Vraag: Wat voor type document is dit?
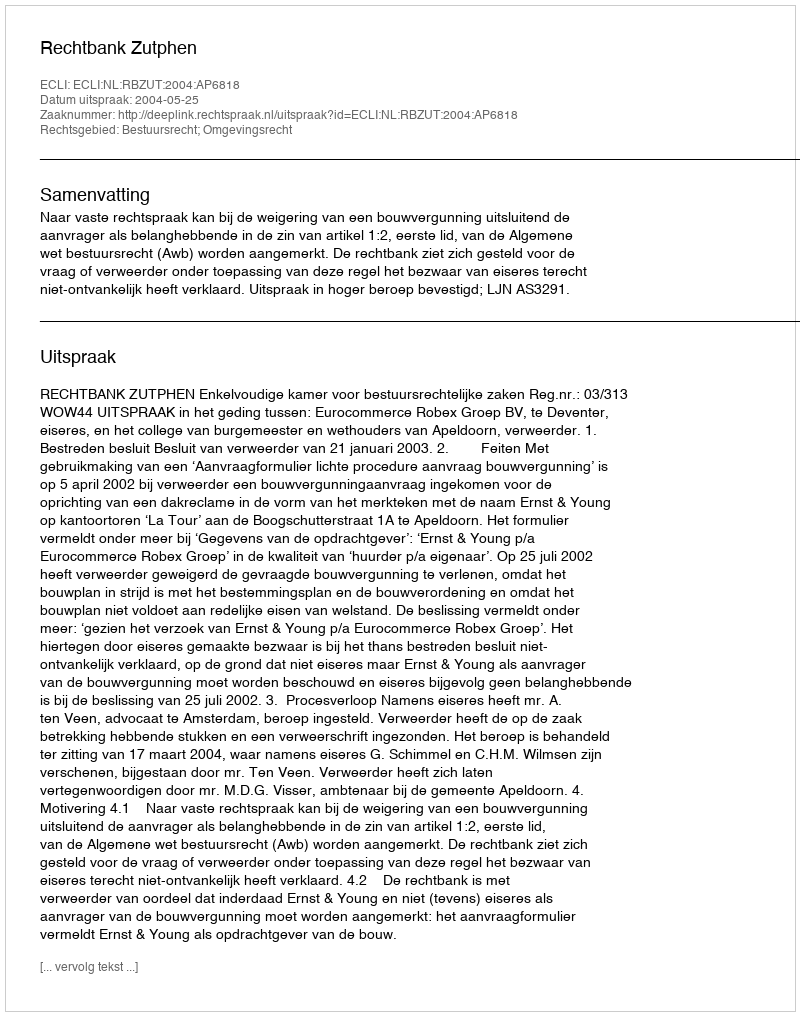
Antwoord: Uitspraak